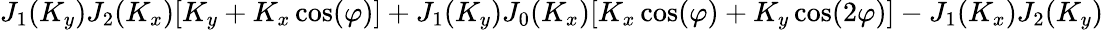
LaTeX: J_{1}(K_{y})J_{2}(K_{x})[K_{y}+K_{x}\cos(\varphi)]+J_{1}(K_{y})J_{0}(K_{x})[K_{x}\cos(\varphi)+K_{y}\cos(2\varphi)]-J_{1}(K_{x})J_{2}(K_{y})